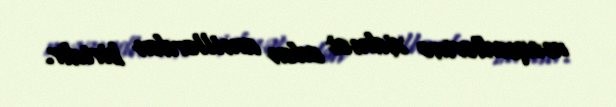
məqsədlərinə xidmət edən amillərdən biridir.